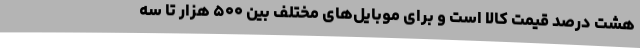
هشت درصد قیمت کالا است و برای موبایل‌های مختلف بین ۵۰۰ هزار تا سه